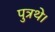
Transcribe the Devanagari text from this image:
पुत्रथे।